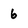
Character: 6